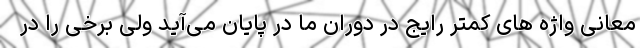
معانی واژه های کمتر رایج در دوران ما در پایان می‌آید ولی برخی را در